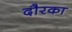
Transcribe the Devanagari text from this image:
दौरका